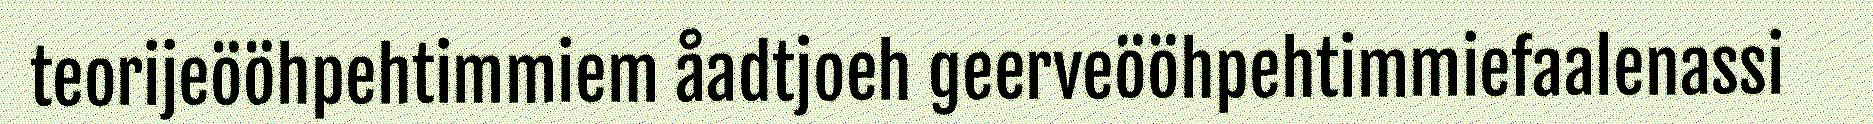
teorijeööhpehtimmiem åadtjoeh geerveööhpehtimmiefaalenassi